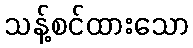
သန့်စင်ထားသော